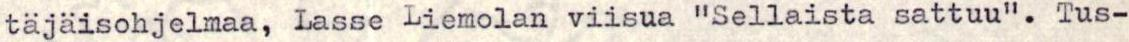
tajaisohjelmaa, Lasse Liemolan viisua "Sellaista sattuu". Tus-